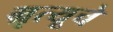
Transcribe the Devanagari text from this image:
म्रृत्यूचे